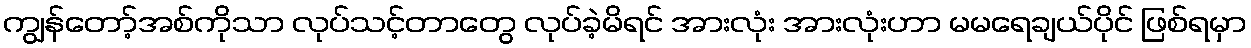
ကျွန်တော့်အစ်ကိုသာ လုပ်သင့်တာတွေ လုပ်ခဲ့မိရင် အားလုံး အားလုံးဟာ မမရေချယ်ပိုင် ဖြစ်ရမှာ